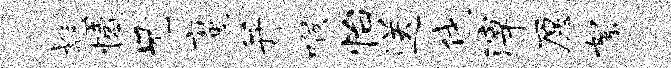
彪憾兄魔并喉怡送伐滓愿絮